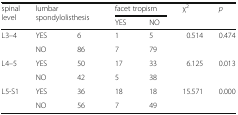
| <ROWSPAN=2> spinal level | <ROWSPAN=2-COLSPAN=2> lumbar spondylolisthesis | <COLSPAN=2> facet tropism | <ROWSPAN=2> χ2 | <ROWSPAN=2> p |
 | YES | NO |
 | --- | --- | --- | --- | --- | --- | --- |
 | <ROWSPAN=2> L3–4 | YES | 6 | 1 | 5 | <ROWSPAN=2> 0.514 | <ROWSPAN=2> 0.474 |
 | NO | 86 | 7 | 79 |
 | <ROWSPAN=2> L4–5 | YES | 50 | 17 | 33 | <ROWSPAN=2> 6.125 | <ROWSPAN=2> 0.013 |
 | NO | 42 | 5 | 38 |
 | <ROWSPAN=2> L5-S1 | YES | 36 | 18 | 18 | <ROWSPAN=2> 15.571 | <ROWSPAN=2> 0.000 |
 | NO | 56 | 7 | 49 |